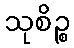
သုစိဉ္စ